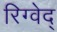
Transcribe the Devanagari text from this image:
रिग्वेद्